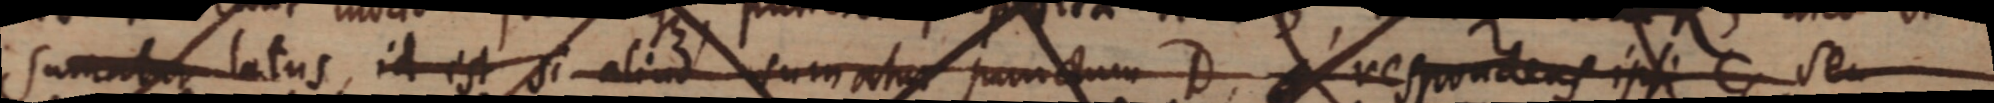
sumatur latus, id est si aliud sumatur punctum D, respondens ipsi C, seu